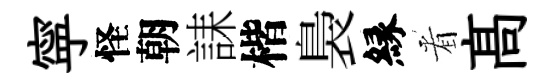
寜怪朝誄楷裊縁㸔髙